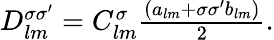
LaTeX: \begin{array}{r}{D_{lm}^{\sigma\sigma^{\prime}}=C_{lm}^{\sigma}\frac{\left({a_{lm}+\sigma\sigma^{\prime}b_{lm}}\right)}{2}.}\end{array}